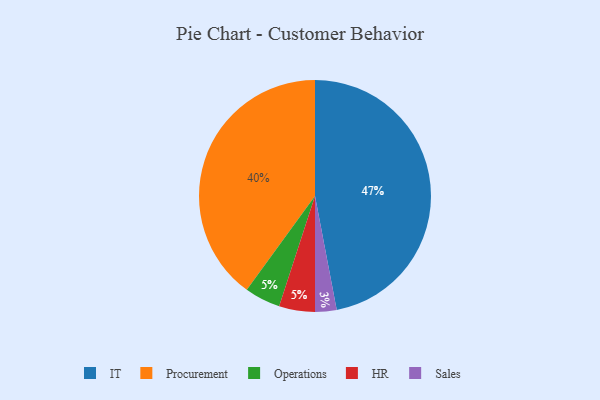
{"axis": {"x": "Category", "y": "Percentage"}, "legend": ["HR", "IT", "Operations", "Procurement", "Sales"], "data": [{"x": "Operations", "y": 5, "type": "Operations"}, {"x": "Procurement", "y": 40, "type": "Procurement"}, {"x": "HR", "y": 5, "type": "HR"}, {"x": "Sales", "y": 3, "type": "Sales"}, {"x": "IT", "y": 47, "type": "IT"}]}